Report on malaria in the Punjab during the year ...  together with an account of the work of the Punjab Malaria Bureau - Volume 3
Disease focus: Malaria
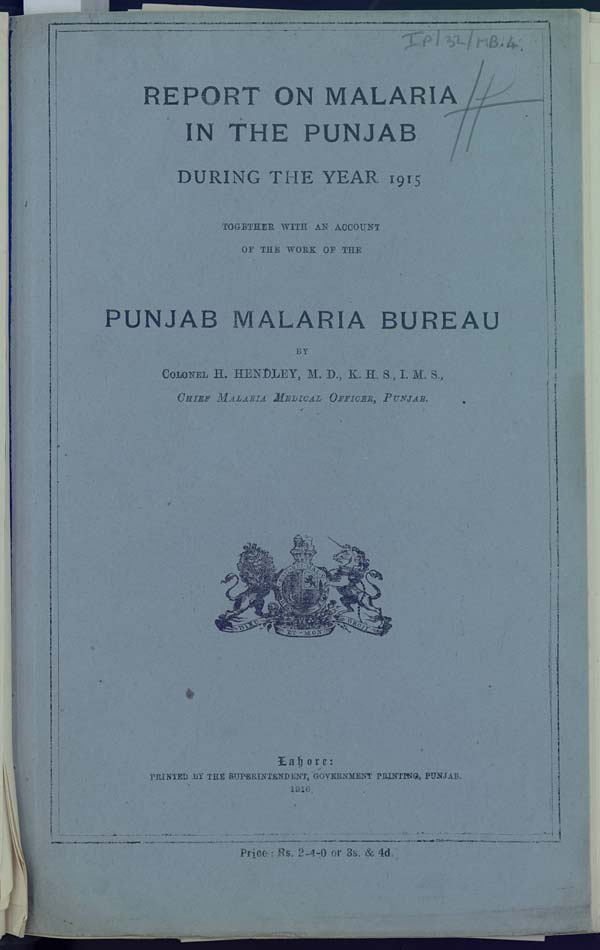
REPORT ON MALARIA
IN THE PUNJAB
DURING THE YEAR 1915
TOGETHER WITH AN ACCOUNT
OF THE WORK OF THE
PUNJAB MALARIA BUREAU
BY
COLONEL H. HENDLEY, M. D., K. H. S., I. M. S.,
CHIEF MALARIA MEDICAL OFFICER, PUNJAB.
Lahore:
PRINTED BY THE SUPERINTENDENT, GOVERNMENT PRINTING, PUNJAB.
1916.
Price: Rs. 2-4-0 or 3s. & 4d.